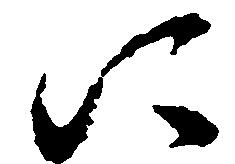
に